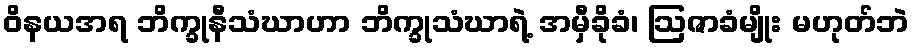
ဝိနယအရ ဘိက္ခုနီသံဃာဟာ ဘိက္ခုသံဃာရဲ့ အမှီခိုခံ၊ ဩဇာခံမျိုး မဟုတ်ဘဲ